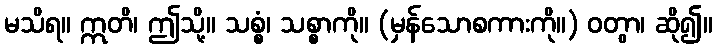
မသိရ။ ဣတိ၊ ဤသို့။ သစ္စံ၊ သစ္စာကို။ (မှန်သောစကားကို။) ဝတွာ၊ ဆို၍။